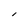
Character: l